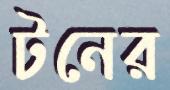
টনের